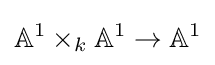
\mathbb {A} ^{1}\times _{k}\mathbb {A} ^{1}\to \mathbb {A} ^{1}